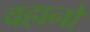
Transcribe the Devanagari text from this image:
वहानों